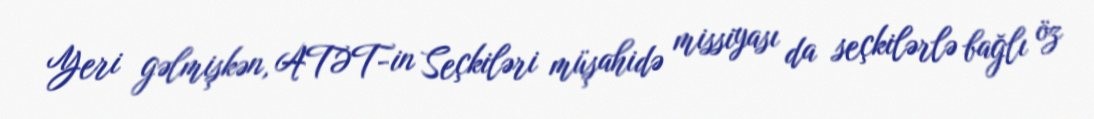
Yeri gəlmişkən, ATƏT-in Seçkiləri müşahidə missiyası da seçkilərlə bağlı öz